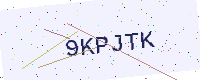
Text: 9KPJTK